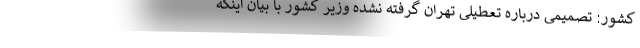
کشور: تصمیمی درباره تعطیلی تهران گرفته نشده وزیر کشور با بیان اینکه